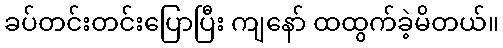
ခပ်တင်းတင်းပြောပြီး ကျနော် ထထွက်ခဲ့မိတယ်။